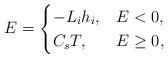
LaTeX: \begin{align*}E=\begin{cases}-L_ih_i, & E<0,\\C_sT, & E\ge 0,\ \end{cases}\end{align*}